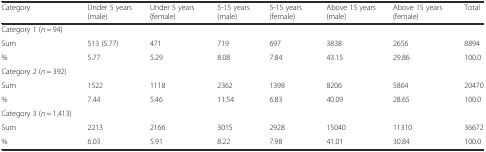
<table><thead><tr><td><b>Category</b></td><td><b>Under 5 years (male)</b></td><td><b>Under 5 years (female)</b></td><td><b>5-15 years (male)</b></td><td><b>5-15 years (female)</b></td><td><b>Above 15 years (male)</b></td><td><b>Above 15 years (female)</b></td><td><b>Total</b></td></tr></thead><tbody><tr><td colspan="8">Category 1 (<i>n</i> = 94)</td></tr><tr><td>Sum</td><td>513 (5.77)</td><td>471</td><td>719</td><td>697</td><td>3838</td><td>2656</td><td>8894</td></tr><tr><td>%</td><td>5.77</td><td>5.29</td><td>8.08</td><td>7.84</td><td>43.15</td><td>29.86</td><td>100.0</td></tr><tr><td colspan="8">Category 2 (<i>n</i> = 392)</td></tr><tr><td>Sum</td><td>1522</td><td>1118</td><td>2362</td><td>1398</td><td>8206</td><td>5864</td><td>20470</td></tr><tr><td>%</td><td>7.44</td><td>5.46</td><td>11.54</td><td>6.83</td><td>40.09</td><td>28.65</td><td>100.0</td></tr><tr><td colspan="8">Category 3 (<i>n</i> = 1,413)</td></tr><tr><td>Sum</td><td>2213</td><td>2166</td><td>3015</td><td>2928</td><td>15040</td><td>11310</td><td>36672</td></tr><tr><td>%</td><td>6.03</td><td>5.91</td><td>8.22</td><td>7.98</td><td>41.01</td><td>30.84</td><td>100.0</td></tr></tbody></table>